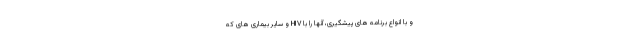
و با انواع برنامه های پیشگیری، آنها را با HIV و سایر بیماری های که